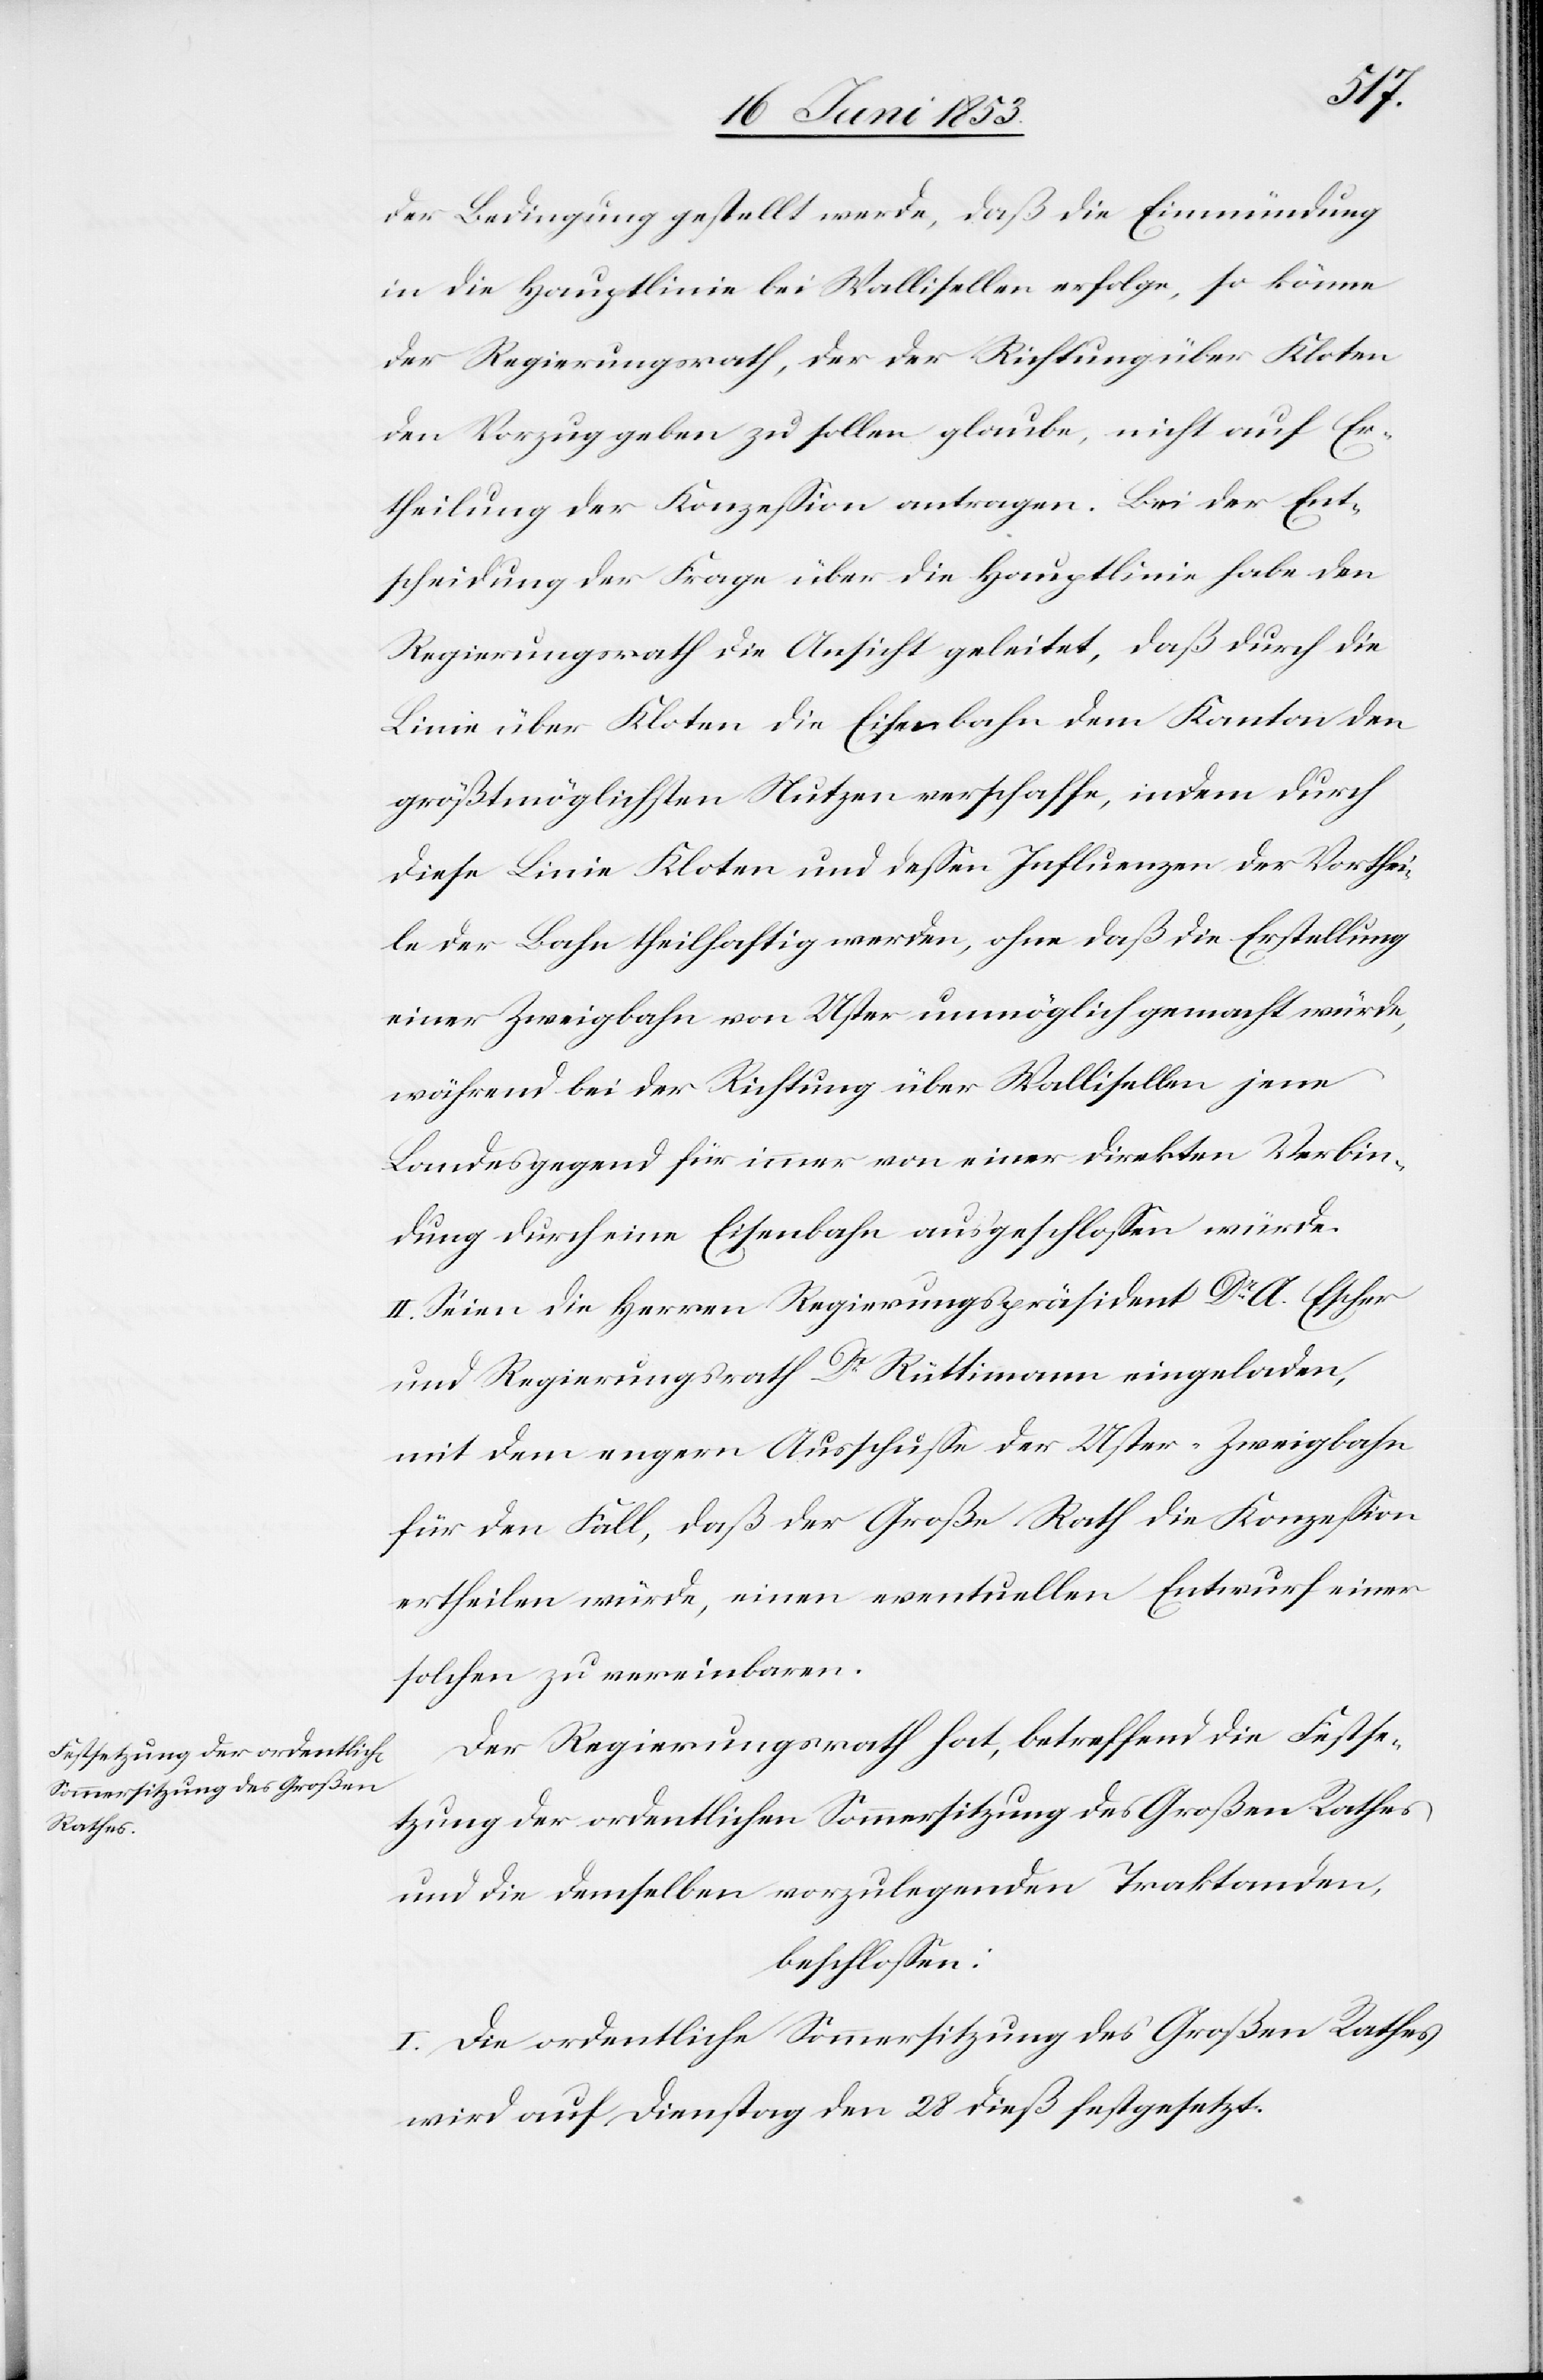
der Bedingung gestellt werde, daß die Einmündung
in die Hauptlinie bei Wallisellen erfolge, so könne
der Regierungsrath, der der Richtung über Kloten
den Vorzug geben zu sollen glaube, nicht auf Er¬
theilung der Konzeßion antragen. Bei der Ent¬
scheidung der Frage über die Hauptlinie habe den
Regierungsrath die Ansicht geleitet, daß durch die
Linie über Kloten die Eisenbahn dem Kanton den
größtmöglichen Nutzen verschaffe, indem durch
diese Linie Kloten und deßen Influenzen der Vorthei¬
le der Bahn theilhaftig werden, ohne daß die Erstellung
einer Zweigbahn von Uster unmöglich gemacht würde,
während bei der Rechnung über Wallisellen jene
Bundesgegend für immer von einer direkten Verbin¬
dung durch eine Eisenbahn ausgeschloßen würde.
II. Seien die Herren Regierungspräsident Dr. A. Escher
und Regierungsrath Dr. Rüttimann eingeladen,
mit dem engern Ausschuße der Uster-Zweigbahn
für den Fall, daß der Große Rath die Konzeßion
ertheilen würde, einen eventuellen Entwurf einer
solchen zu vereinbaren.
Der Regierungsrath hat, betreffend die Festse¬
tzung der ordentlichen Sommersitzung des Großen Rathes
und die demselben vorzulegenden Traktanden
beschloßen:
I. Die ordentliche Sommersitzung des Großen Rathes
wird auf Dienstag den 28 dieß festgesetzt.